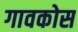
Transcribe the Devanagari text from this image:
गावकोस